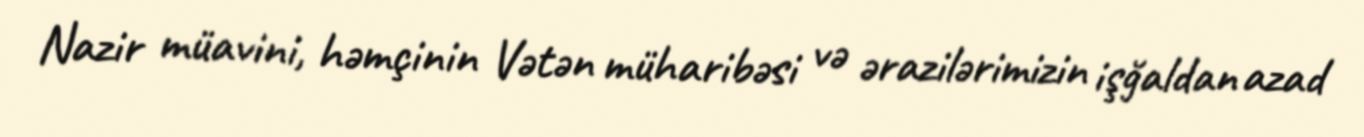
Nazir müavini, həmçinin Vətən müharibəsi və ərazilərimizin işğaldan azad